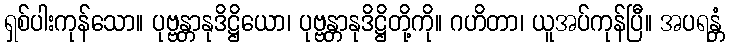
ရှစ်ပါးကုန်သော။ ပုဗ္ဗန္တာနုဒိဋ္ဌိယော၊ ပုဗ္ဗန္တာနုဒိဋ္ဌိတို့ကို။ ဂဟိတာ၊ ယူအပ်ကုန်ပြီ။ အပရန္တံ